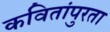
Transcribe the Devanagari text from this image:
कवितांपुरता